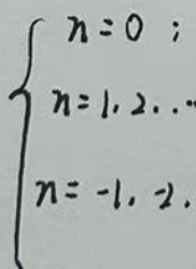
\[
\begin{cases}
n = 0; \\
n = 1,2,\cdots \\
n=-1,-2,
\end{cases}
\]